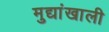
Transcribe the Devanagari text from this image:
मुद्यांखाली